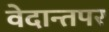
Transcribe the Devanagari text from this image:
वेदान्तपर